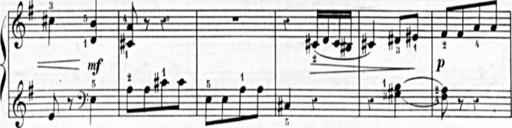
Title: 3 Sonatines, 2nd series
Composer: Blas MarÃ­a de Colomer
Key: B